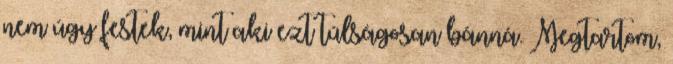
nem úgy festek, mint aki ezt túlságosan bánná. Megtartom,